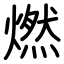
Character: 燃